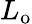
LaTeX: L_{\mathrm{o}}